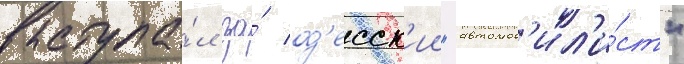
выступа́л за́ од'есск'ии "автомоб'ил'и́ст"